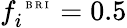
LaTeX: f_{i}^{\mathrm{~\tiny~B~R~I~}}=0.5